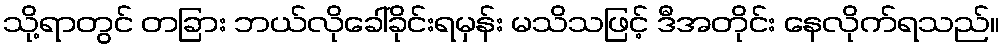
သို့ရာတွင် တခြား ဘယ်လိုခေါ်ခိုင်းရမှန်း မသိသဖြင့် ဒီအတိုင်း နေလိုက်ရသည်။